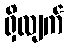
ရှိလျက်